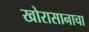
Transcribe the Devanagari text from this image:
खोरासानाचा